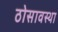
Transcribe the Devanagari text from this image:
ठोसावस्था